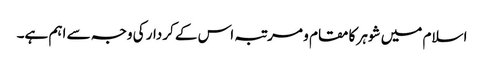
اسلام میں شوہر کا مقام و مرتبہ اس کے کردار کی وجہ سے اہم ہے۔